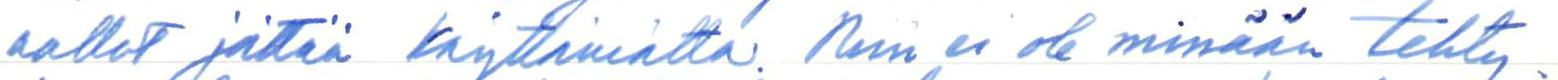
aallot jättää käyttämättä. Niin ei ole missään tehty.